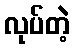
လုပ်တဲ့